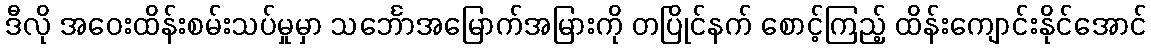
ဒီလို အဝေးထိန်းစမ်းသပ်မှုမှာ သင်္ဘောအမြောက်အမြားကို တပြိုင်နက် စောင့်ကြည့် ထိန်းကျောင်းနိုင်အောင်